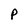
Character: P